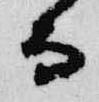
而